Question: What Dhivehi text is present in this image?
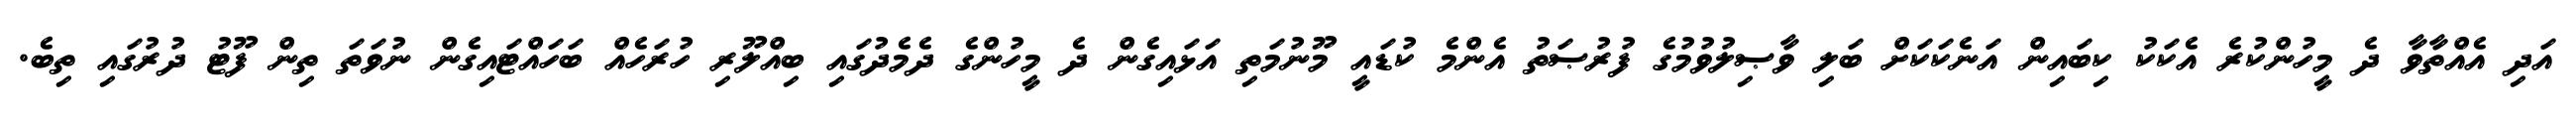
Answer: އަދި އެއްތާވާ ދެ މީހުންކުރެ އެކަކު ކިބައިން އަނެކަކަށް ބަލި ވާޞިލުވުމުގެ ފުރުޞަތު އެންމެ ކުޑައީ މޫނުމަތި އަޅައިގެން ދެ މީހުންގެ ދެމެދުގައި ބިއްލޫރި ހުރަހެއް ބަހައްޓައިގެން ނުވަތަ ތިން ފޫޓު ދުރުގައި ތިބެ.